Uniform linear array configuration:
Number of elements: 32
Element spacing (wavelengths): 0.5
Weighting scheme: exponential
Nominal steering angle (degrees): -45
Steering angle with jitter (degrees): -45.362
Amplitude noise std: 0.05
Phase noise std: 0.05

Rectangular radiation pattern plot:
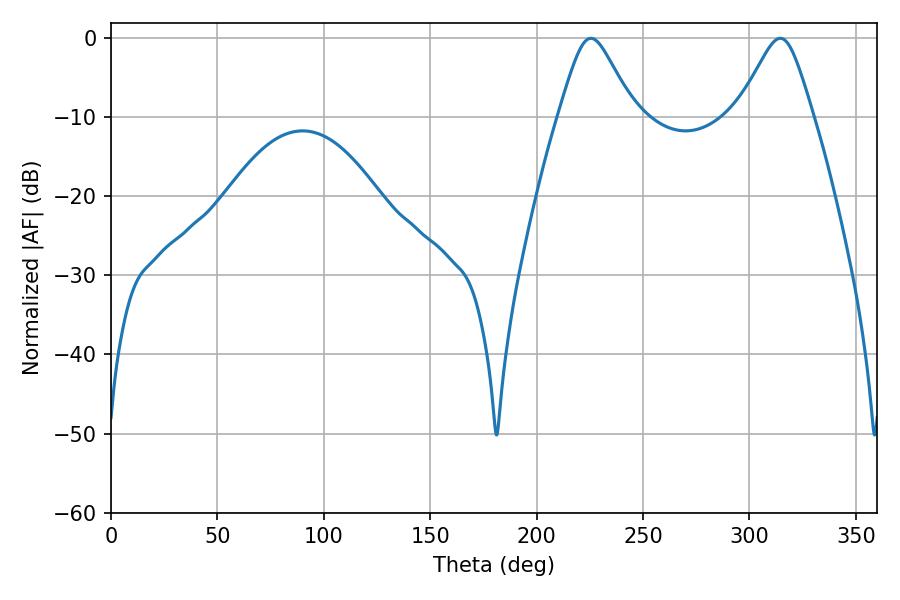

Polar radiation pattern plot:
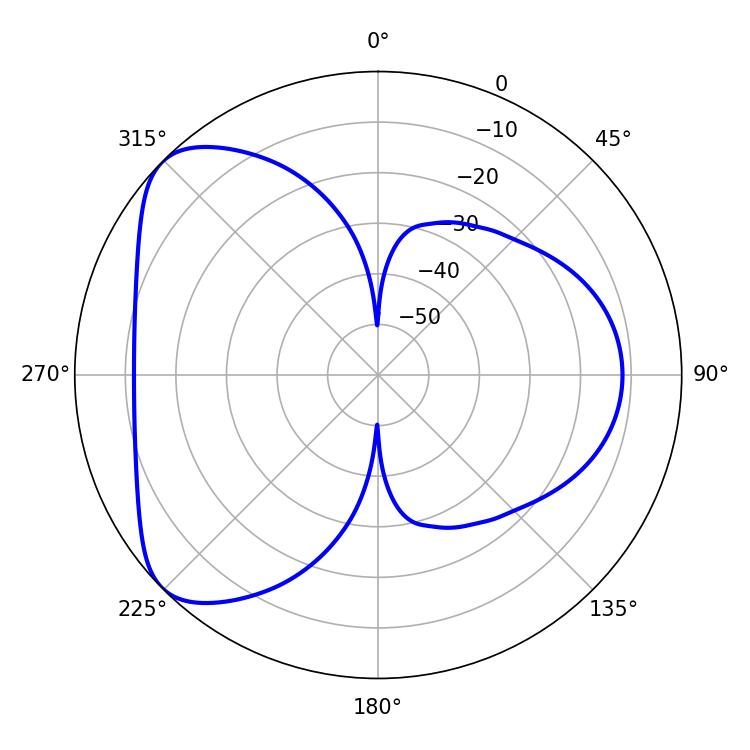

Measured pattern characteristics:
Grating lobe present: FALSE
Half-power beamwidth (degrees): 16.92
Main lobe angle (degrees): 225.54